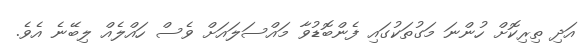
އަދި ތިރިކޮށް ހުންނަ މަގުތަކުގައި ފެންބޮޑުވާ މައްސަލައަށް ވެސް ހައްލެއް ލިބޭނެ އެވެ.